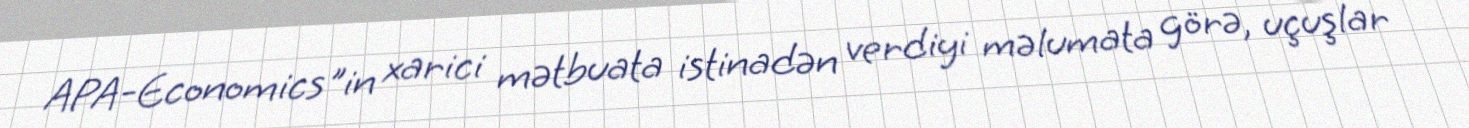
APA-Economics"in xarici mətbuata istinadən verdiyi məlumata görə, uçuşlar